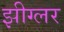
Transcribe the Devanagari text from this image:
झीग्लर